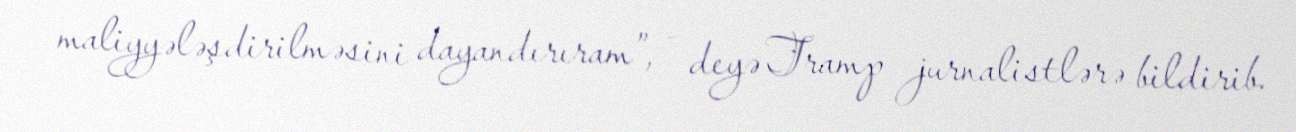
maliyyələşdirilməsini dayandırıram”, - deyə Tramp jurnalistlərə bildirib.